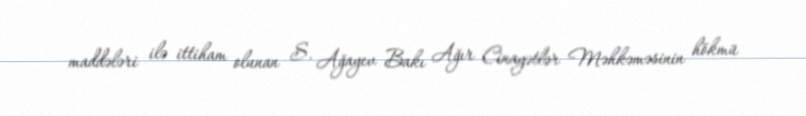
maddələri ilə ittiham olunan S. Ağayev Bakı Ağır Cinayətlər Məhkəməsinin hökmü